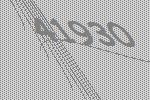
41930